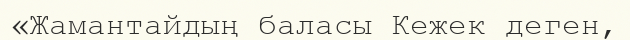
«Жамантайдың баласы Кежек деген,